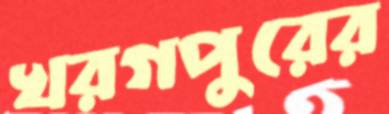
খরগপুরের